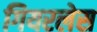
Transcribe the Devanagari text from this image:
गियरलेस